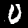
Digit: 0